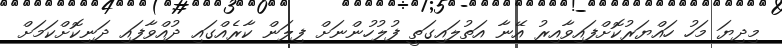
މިދިޔަ މަހު ހައްޔަރުކޮށްފައިވާއިރު އޭނާ އަތުލައިގަތީ ފުލުހުންނަށް ފިލަން ކާރެއްގައި ދުއްވާފައި ދަނިކޮށްކަމަށް